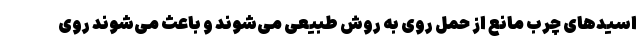
اسیدهای چرب مانع از حمل روی به روش طبیعی می‌شوند و باعث می‌شوند روی